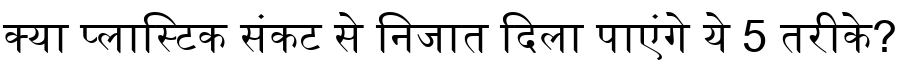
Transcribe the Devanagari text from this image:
क्या प्लास्टिक संकट से निजात दिला पाएंगे ये 5 तरीके?